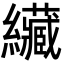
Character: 𦇴